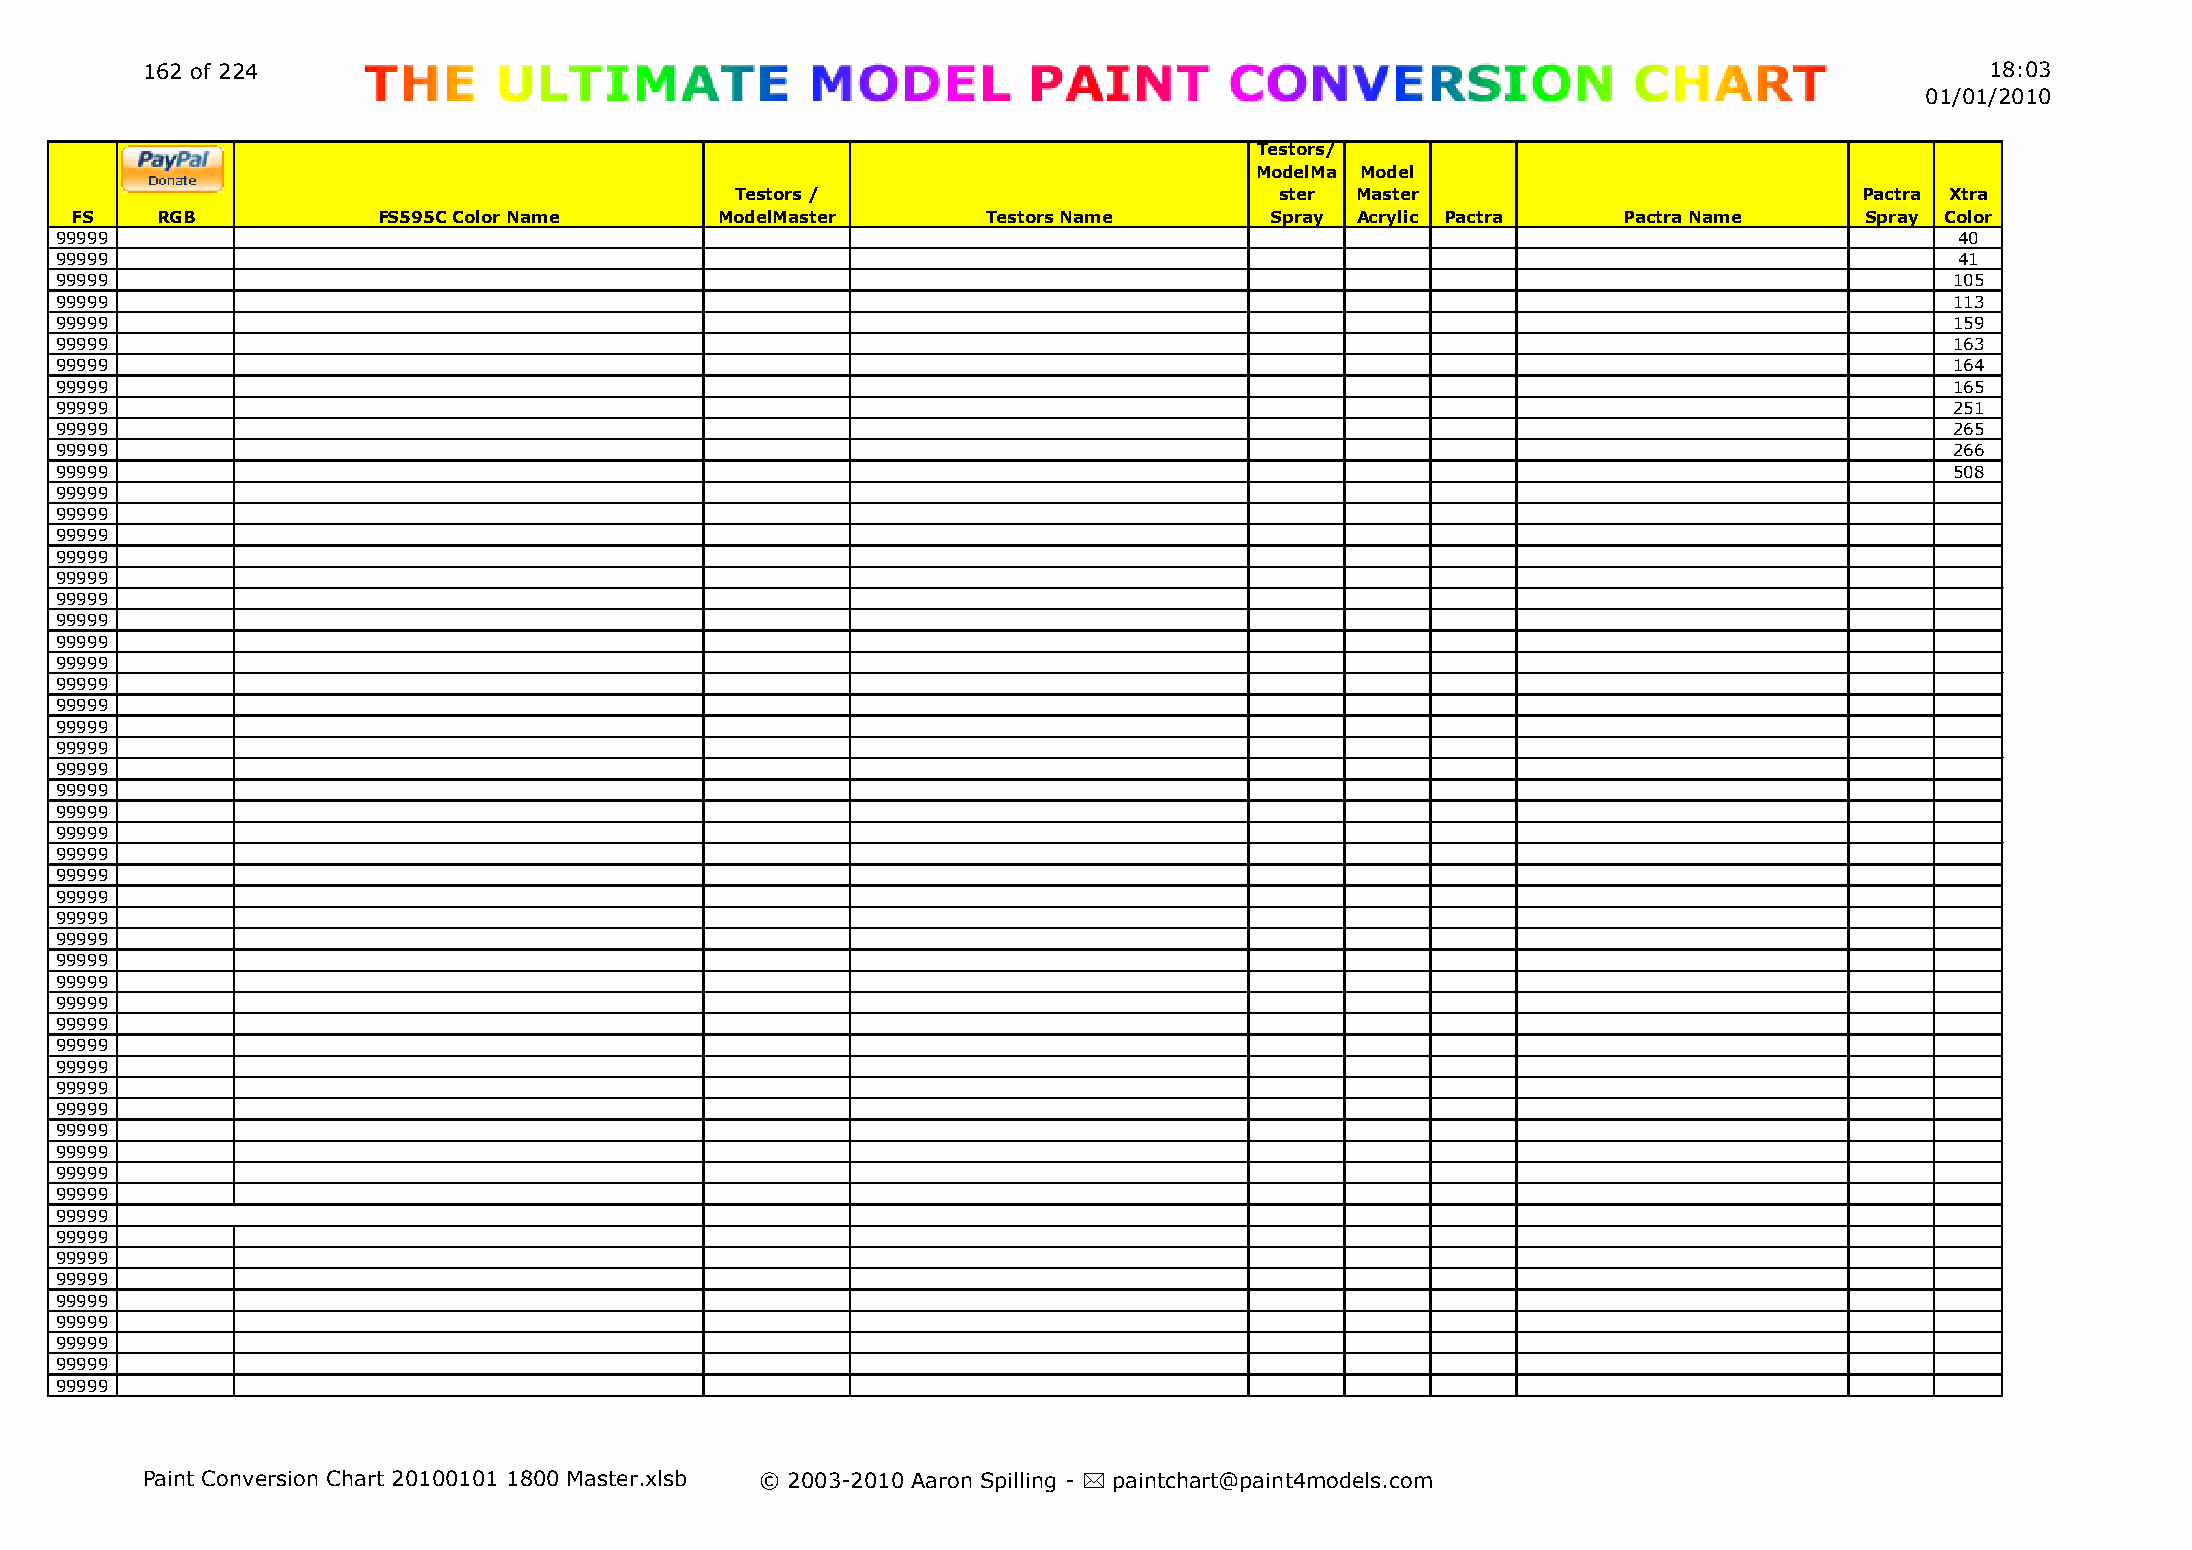
162 of 224                                                                                                                 18:03
 01/01/2010
 Testors/
 ModelMa Model
 Testors /                           ster Master                           Pactra Xtra
 FS   RGB            FS595C Color Name      ModelMaster      Testors Name       Spray Acrylic Pactra   Pactra Name     Spray Color
 99999                                                                                                                         40
 99999                                                                                                                         41
 99999                                                                                                                        105
 99999                                                                                                                        113
 99999                                                                                                                        159
 99999                                                                                                                        163
 99999                                                                                                                        164
 99999                                                                                                                        165
 99999                                                                                                                        251
 99999                                                                                                                        265
 99999                                                                                                                        266
 99999                                                                                                                        508
 99999
 99999
 99999
 99999
 99999
 99999
 99999
 99999
 99999
 99999
 99999
 99999
 99999
 99999
 99999
 99999
 99999
 99999
 99999
 99999
 99999
 99999
 99999
 99999
 99999
 99999
 99999
 99999
 99999
 99999
 99999
 99999
 99999
 99999
 99999
 99999
 99999
 99999
 99999
 99999
 99999
 99999
 99999
 Paint Conversion Chart 20100101 1800 Master.xlsb © 2003-2010 Aaron Spilling - * paintchart@paint4models.com